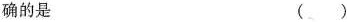
确的是 ( )